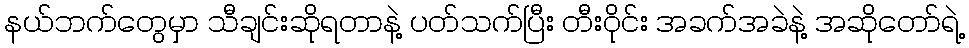
နယ်ဘက်တွေမှာ သီချင်းဆိုရတာနဲ့ ပတ်သက်ပြီး တီးဝိုင်း အခက်အခဲနဲ့ အဆိုတော်ရဲ့